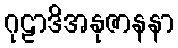
ဂုဠာဒိအနုဇာနနာ